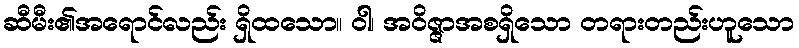
ဆီမီး၏အရောင်လည်း ရှိထသော။ ဝါ၊ အဝိဇ္ဇာအစရှိသော တရားတည်းဟူသော